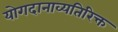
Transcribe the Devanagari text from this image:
योगदानाव्यतिरिक्त